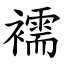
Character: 襦